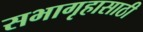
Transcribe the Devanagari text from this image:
सभागृहासाठी